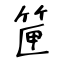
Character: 筪